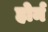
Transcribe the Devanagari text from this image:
होर्म